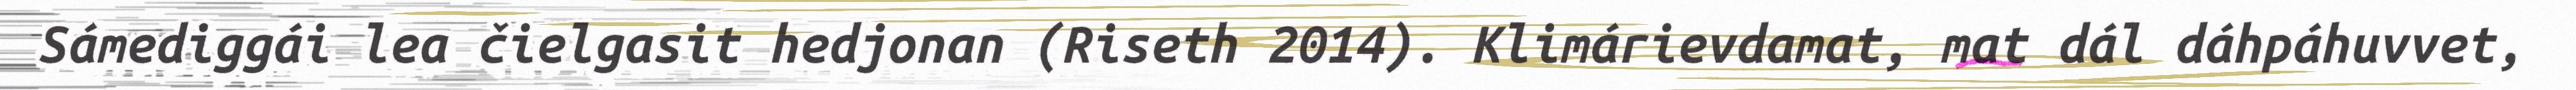
Sámediggái lea čielgasit hedjonan (Riseth 2014). Klimárievdamat, mat dál dáhpáhuvvet,